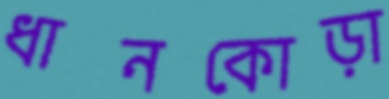
ধানকোড়া